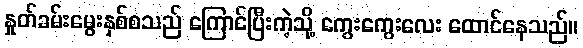
နှုတ်ခမ်းမွေးနှစ်စသည် ကြောင်ပြီးကဲ့သို့ ကွေးကွေးလေး ထောင်နေသည်။